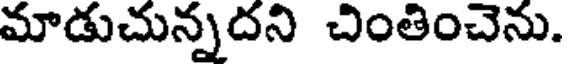
మాడుచున్నదని చింతించెను.